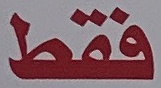
فقط